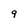
Character: 9